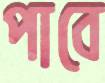
পাবে